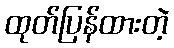
ထုတ်ပြန်ထားတဲ့